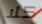
كلا